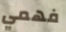
فهمي